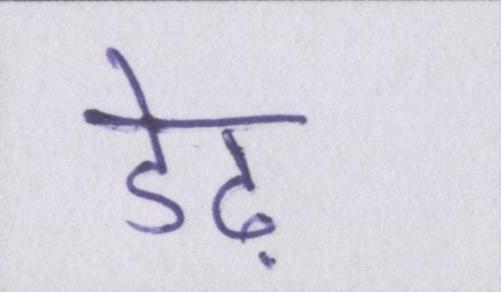
डेढ़